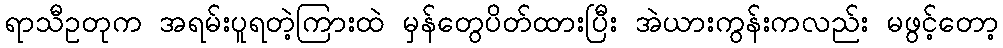
ရာသီဥတုက အရမ်းပူရတဲ့ကြားထဲ မှန်တွေပိတ်ထားပြီး အဲယားကွန်းကလည်း မဖွင့်တော့